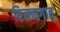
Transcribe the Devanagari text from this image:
रिसनगाव